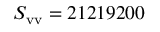
S _ { \mathrm { v v } } = 2 1 2 1 9 2 0 0